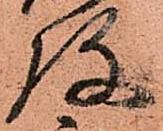
弥